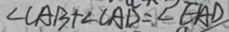
\angle C A B + \angle C A D = \angle E A D